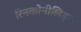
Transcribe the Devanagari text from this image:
रिनकोनीलिड्स